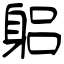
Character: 躳